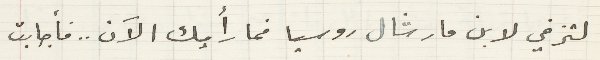
لتزفي لابن مارشال روسيا فما رأيك الاَن.. فأجابت